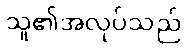
သူ၏အလုပ်သည်